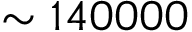
\sim 1 4 0 0 0 0